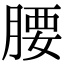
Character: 腰